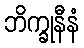
ဘိက္ခုနီနံ